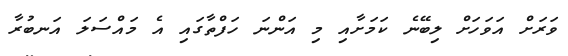
ވަރަށް އަވަހަށް ލިބޭނެ ކަމަށާއި މި އަންނަ ހަފްތާގައި އެ މައްސަލަ އަނބުރާ